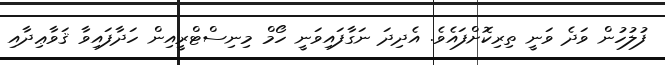
ފުލުހުން ވަދެ ވަނީ ތިރިކޮށްފައެވެ. އެދިދަ ނަގާފައިވަނީ ހޯމް މިނިސްޓްރީއިން ހަދާފައިވާ ޤަވާޢިދާއި